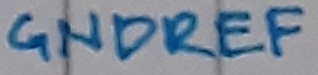
Text: GNDREF